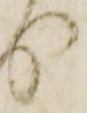
り